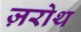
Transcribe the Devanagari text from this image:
ज़रोथ